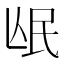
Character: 𭯰